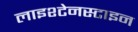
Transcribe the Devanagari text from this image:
लाइश्टेनस्टाइन